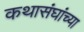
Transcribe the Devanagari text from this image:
कथासंघांच्या